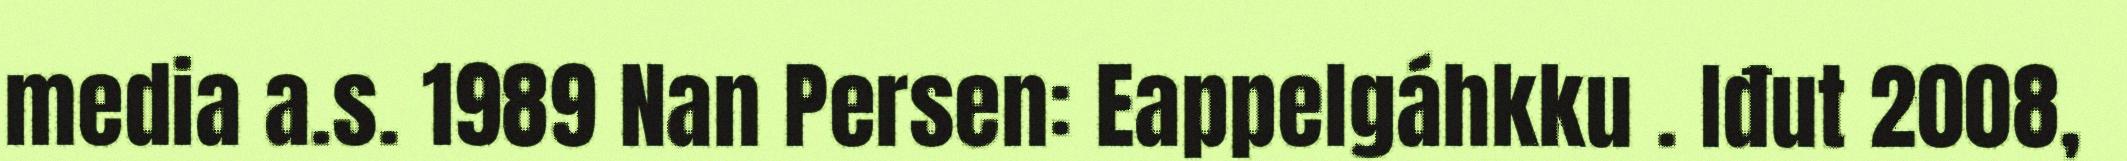
media a.s. 1989 Nan Persen: Eappelgáhkku . Iđut 2008,